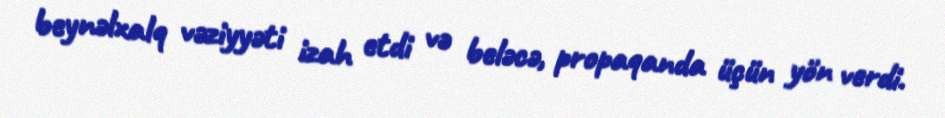
beynəlxalq vəziyyəti izah etdi və beləcə, propaqanda üçün yön verdi.